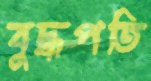
বুদ্ধপতি